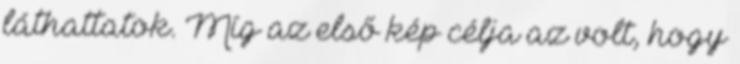
láthattatok. Míg az első kép célja az volt, hogy